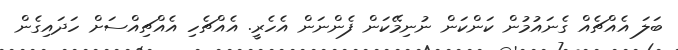
ބަލަ އެއްޗެއް ގެނައުމުން ކަންކަން ނުނިމޭކަން ފެންނަން އެހެރީ. އެއްޗެހި އެއްޗިއްސަށް ހަދައިގެން